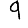
Digit: 9